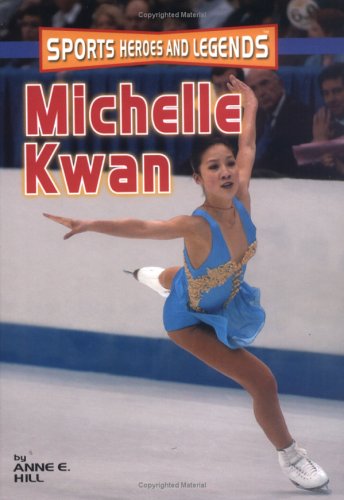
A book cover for Michelle Kwan (Sports Heroes and Legends); Anne E. Hill; Children's Books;